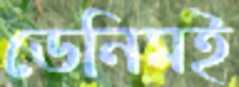
ডেনিমই